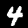
Digit: 4